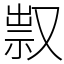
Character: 𠭥